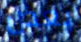
بعض